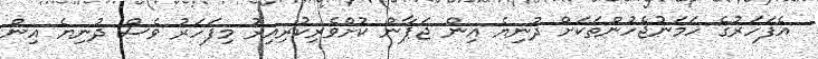
އެފަހަރުގެ ހަމަނުޖެހުންތަކަށް ދުނިޔެ އިން ޖަޕާން ކުށްވެރިކުރިއިރު މިފަހަރު ވެސް ދުނިޔެ އިން